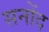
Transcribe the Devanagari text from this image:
सनोंद